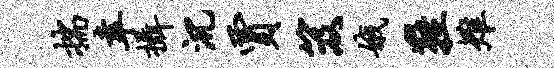
揣幸摄沉贾笈娥鞋雉